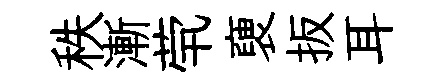
秩漸茕褏扳耳